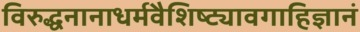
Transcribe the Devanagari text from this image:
विरुद्धनानाधर्मवैशिष्ट्यावगाहिज्ञानं